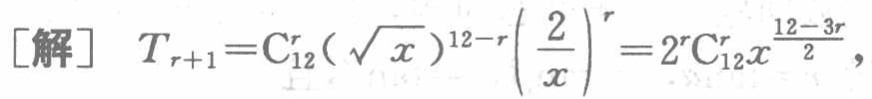
[解] \(T_{r + 1} = C_{12}^{r}(\sqrt{x})^{12 - r}\left(\frac{2}{x}\right)^{r}=2^{r}C_{12}^{r}x^{\frac{12 - 3r}{2}}\)，